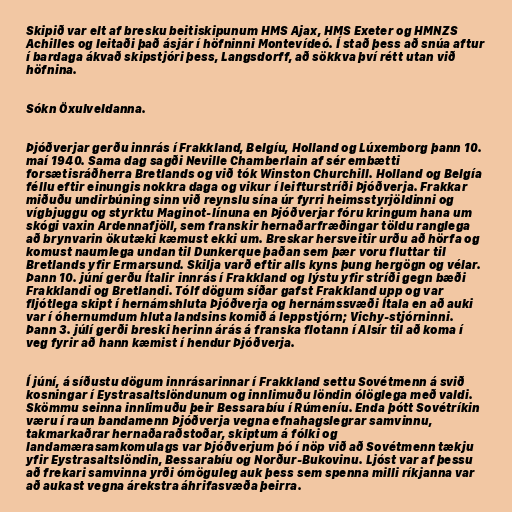
Skipið var elt af bresku beitiskipunum HMS Ajax, HMS Exeter og HMNZS
Achilles og leitaði það ásjár í höfninni Montevídeó. Í stað þess að snúa aftur
í bardaga ákvað skipstjóri þess, Langsdorff, að sökkva því rétt utan við
höfnina.

Sókn Öxulveldanna.

Þjóðverjar gerðu innrás í Frakkland, Belgíu, Holland og Lúxemborg þann 10.
maí 1940. Sama dag sagði Neville Chamberlain af sér embætti
forsætisráðherra Bretlands og við tók Winston Churchill. Holland og Belgía
féllu eftir einungis nokkra daga og vikur í leifturstríði Þjóðverja. Frakkar
miðuðu undirbúning sinn við reynslu sína úr fyrri heimsstyrjöldinni og
vígbjuggu og styrktu Maginot-línuna en Þjóðverjar fóru kringum hana um
skógi vaxin Ardennafjöll, sem franskir hernaðarfræðingar töldu ranglega
að brynvarin ökutæki kæmust ekki um. Breskar hersveitir urðu að hörfa og
komust naumlega undan til Dunkerque þaðan sem þær voru fluttar til
Bretlands yfir Ermarsund. Skilja varð eftir alls kyns þung hergögn og vélar.
Þann 10. júní gerðu Ítalir innrás í Frakkland og lýstu yfir stríði gegn bæði
Frakklandi og Bretlandi. Tólf dögum síðar gafst Frakkland upp og var
fljótlega skipt í hernámshluta Þjóðverja og hernámssvæði Ítala en að auki
var í óhernumdum hluta landsins komið á leppstjórn; Vichy-stjórninni.
Þann 3. júlí gerði breski herinn árás á franska flotann í Alsír til að koma í
veg fyrir að hann kæmist í hendur Þjóðverja.

Í júní, á síðustu dögum innrásarinnar í Frakkland settu Sovétmenn á svið
kosningar í Eystrasaltslöndunum og innlimuðu löndin ólöglega með valdi.
Skömmu seinna innlimuðu þeir Bessarabíu í Rúmeníu. Enda þótt Sovétríkin
væru í raun bandamenn Þjóðverja vegna efnahagslegrar samvinnu,
takmarkaðrar hernaðaraðstoðar, skiptum á fólki og
landamærasamkomulags var Þjóðverjum þó í nöp við að Sovétmenn tækju
yfir Eystrasaltslöndin, Bessarabíu og Norður-Bukovinu. Ljóst var af þessu
að frekari samvinna yrði ómöguleg auk þess sem spenna milli ríkjanna var
að aukast vegna árekstra áhrifasvæða þeirra.